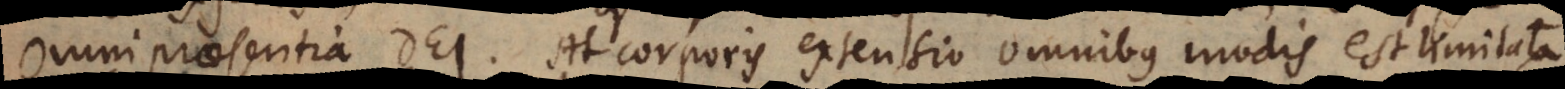
omnipraesentia Dei. At corporis extensio omnibus modis est limitata.